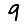
Digit: 9